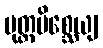
ပုတ္တမိစ္ဆေယျ